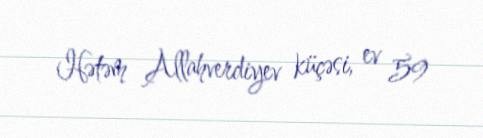
Hətəm Allahverdiyev küçəsi, ev 59